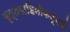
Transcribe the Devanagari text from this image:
वृत्तवाहिनीकडूनही